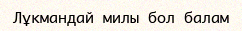
Лұкмандай милы бол балам